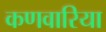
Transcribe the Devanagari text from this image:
कणवारिया